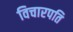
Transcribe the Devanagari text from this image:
विचारपति